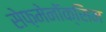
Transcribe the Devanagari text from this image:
सेफ़मेनॉक्सिम